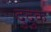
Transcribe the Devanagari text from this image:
दुदुक